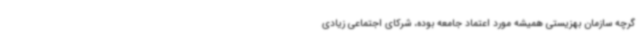
گرچه سازمان بهزیستی همیشه مورد اعتماد جامعه بوده، شرکای اجتماعی زیادی